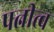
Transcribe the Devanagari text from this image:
पत्नीत्व